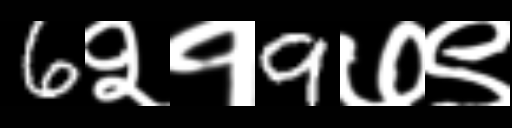
Text: 6२१9७९